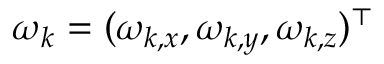
\boldsymbol { \omega } _ { k } = ( \omega _ { k , x } , \omega _ { k , y } , \omega _ { k , z } ) ^ { \top }